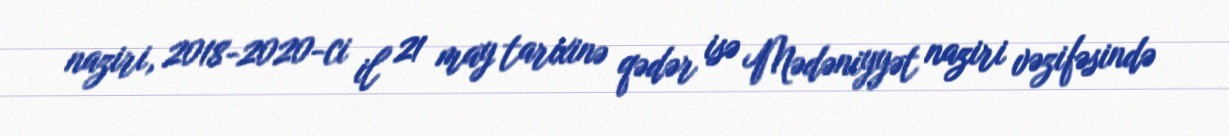
naziri, 2018-2020-ci il 21 may tarixinə qədər isə Mədəniyyət naziri vəzifəsində